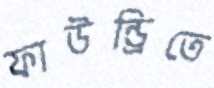
ফাউন্ড্রিতে